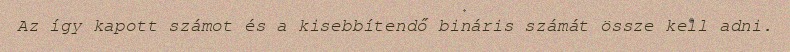
Az így kapott számot és a kisebbítendő bináris számát össze kell adni.